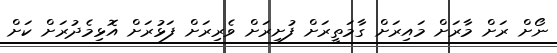
ނޯށް ރަށް މާރަށް މައިރަށް ގާމަތީރަށް ފުށިރަށް ވެރިރަށް ފަޅުރަށް އޮޅިމެދުރަށް ކަށް